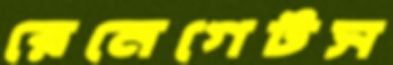
রেনেগেটস